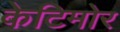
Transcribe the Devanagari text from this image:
केटिमोर